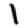
Digit: 1